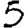
Digit: 5